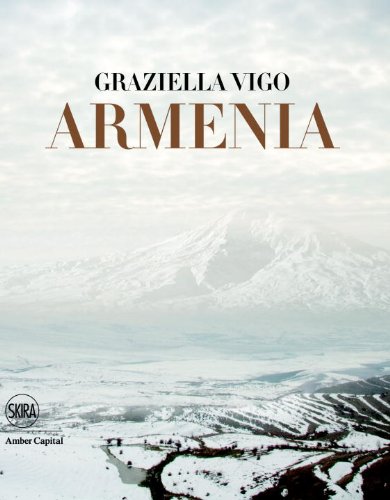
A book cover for Armenia: The Sacred Land: The Cradle of Christianity; Travel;